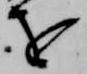
を